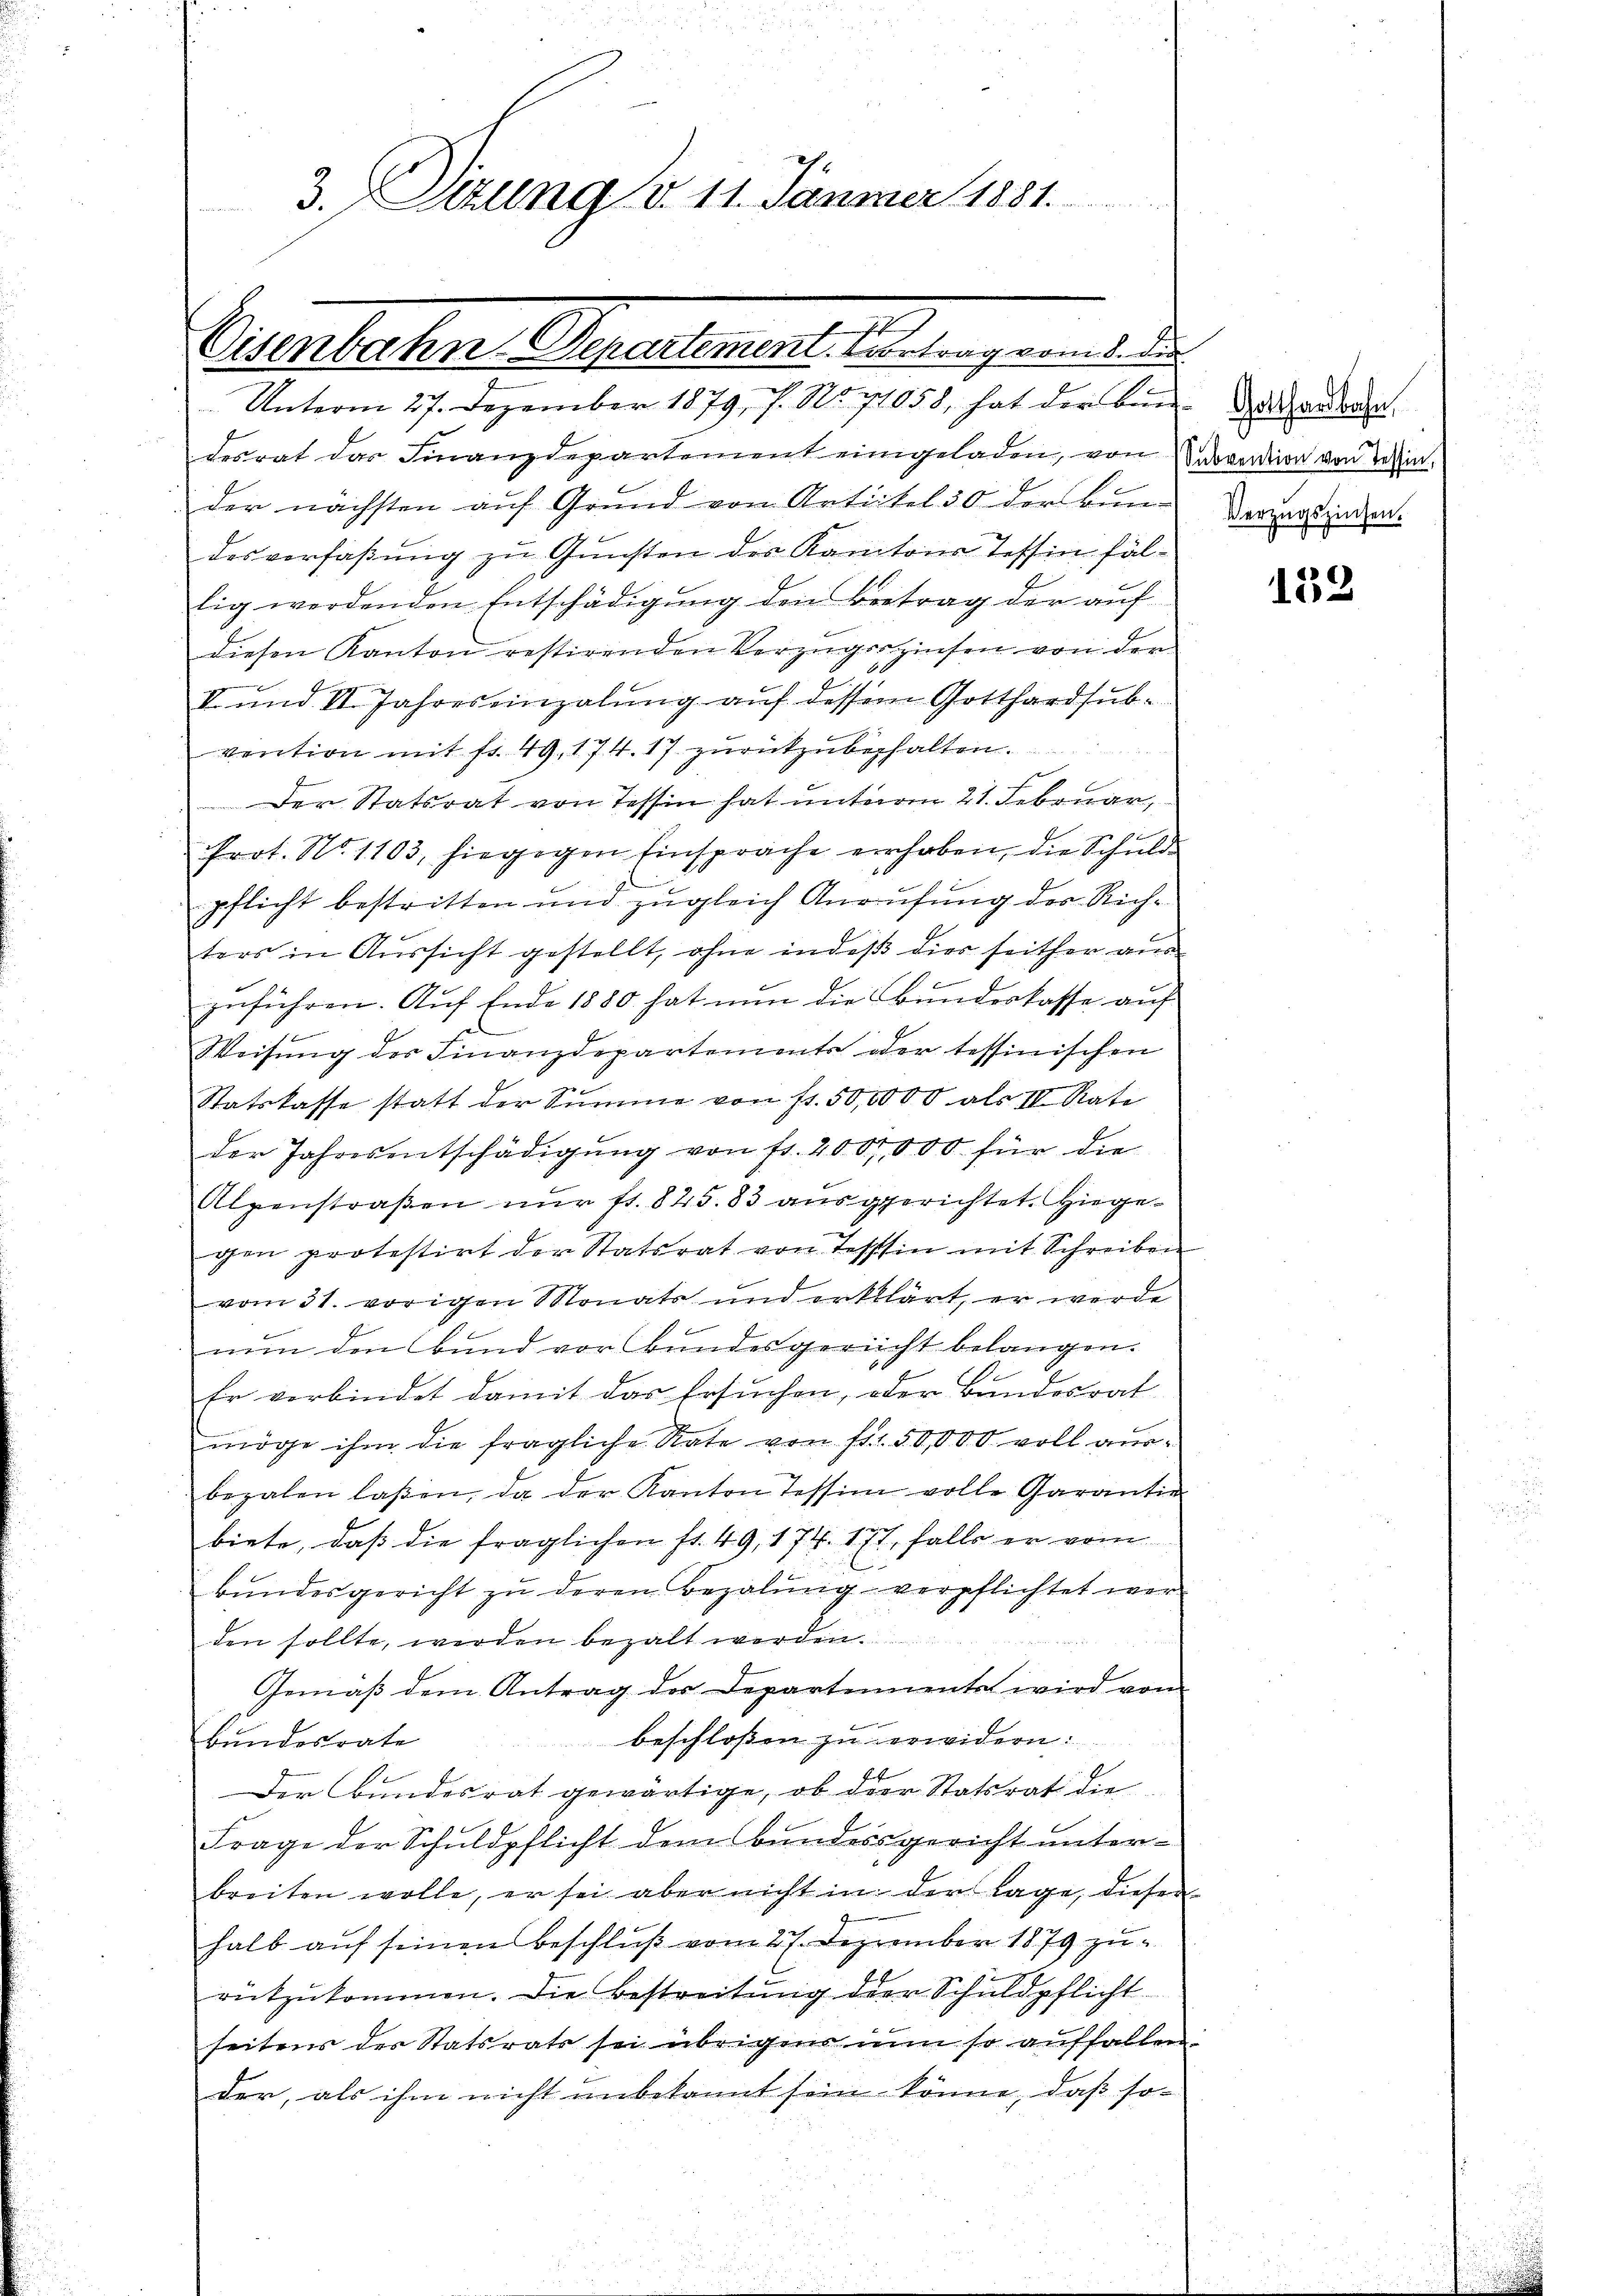
3.Sizung d. 11. Jänner 1881.

t
Eisenbahn-Departemen. Vortrag vom 8. di
Unterm 27. Dezember 1879, s. No 71058, hat der bei Vaterdran.

desrat das Finanzdepartement eingeladen, von Kurvention von dein
der nächsten aŭf Grund von Artikel 50 der bene Verzugs inden.
desverfaßung zu Gunsten des Kantons Tessin fäl¬
.
lig werdenden Entschädigung den Betrag der auf
diesen Kanton restirenden Vorzugszinsen von der
II und II. Jahres einzelung auf dessem Gotthardsubvention mit fr. 49, 174. 17 zurückzubehalten.
Der Statsrat von Tessin hat unterm 21. Februar,
Prot. No. 1103, hiegegen Einsprache erhoben, die Schuld
pflicht bestritten und zugleich Anrufung des Richters in Aŭssicht gestellt, ohne in deβ dies seither aŭs
zuführen. Aŭf Ende 1880 hat nun die Bŭndeskasse auf
Weisŭng des Finanzdepartements oder tessinischen
Statskasse statt der Summe von fr. 50,0000 als II. Rate
der Jahresentschädigŭng von fr. 200,000 für die
Alpenstraßen nur fl. 845. 83 ausgerichtet. Hiegegen protestirt der Statsrat von Tessin mit Schreiben
vom 31. vorigen Monats und erklärt, er werde
nun den Bund vor Bundesgericht belangen.
Er verbindet damit das Ersuchen, oder Bundesrat
möge ihm die fragliche Rate von fl. 50,000 voll ausbezalen laßen, da der Kanton Tessin volle Garantie
biete, daß die fraglichen fr. 49, 174. 177, falls er vom
E
bundesgericht zu deren Bezalung verpflichtet werden sollte, werden bezalt werden.
Gemäβ dem Antrag der Departemente wird vom
beschlossen zu erwidern:
Bundesrate
Der Bundesrat gewärtige, ob der Statsrat die
Frage der Schuldpflicht dem Bundesgericht unterbreiten wolle, er sei aber nicht in der Lage, diesen
halb auf seinen Beschluß vom 27. Dezember 1879 zu
rutzŭkommen. Die Bestreitung der Schuldpflicht
seitens des Statsrats sei übrigen nun so auffallen:
der, als ihm nicht unbekannt sein könne, daß so¬

¬

152